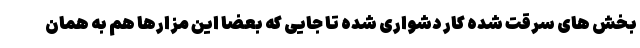
بخش های سرقت شده کار دشواری شده تا جایی که بعضا این مزارها هم به همان